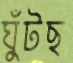
ঘুঁটছ